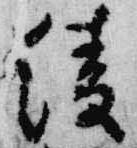
綾